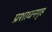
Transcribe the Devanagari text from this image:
प्रशाधनगृह